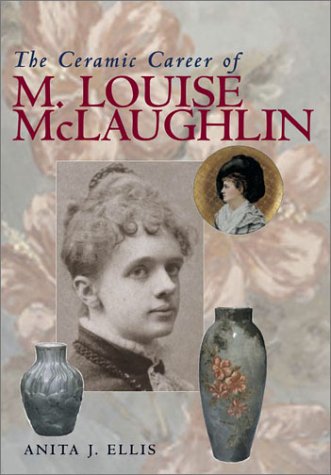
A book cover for Ceramic Career Of M Louise Mclaughlin (Ohio Bicentennial); Anita J. Ellis; Crafts, Hobbies & Home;